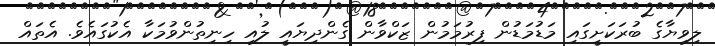
ލިވިޔާގެ ބުރަކަށީގައި މަޑުމަޑުން ފިރުމަމުން ޒަކްވާން ގެންދިޔައީ ލުއި ހިނިތުންވުމަކާ އެކުގައެވެ. އެތައް